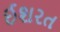
ઈશરત